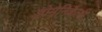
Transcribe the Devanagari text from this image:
डोमेनिकैली